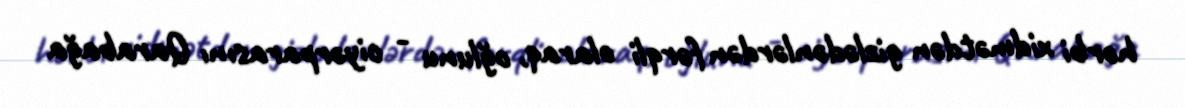
hərbi xidmətdən gizlədənlərdən fərqli olaraq, oğlunu - ciyərparasını Qarabağa